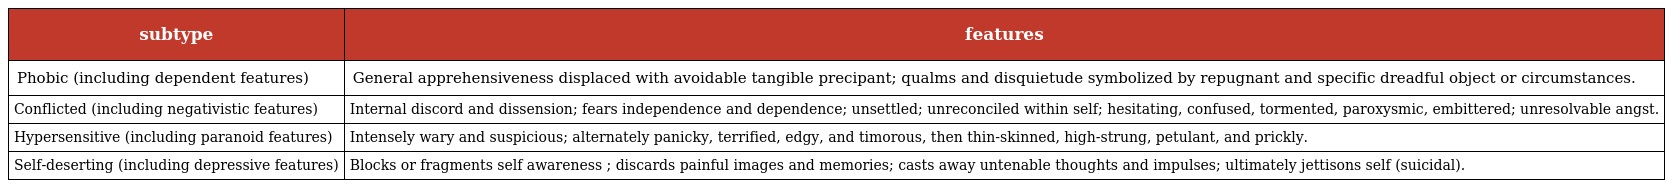
| subtype | features |
 | --- | --- |
 | Phobic (including dependent features) | General apprehensiveness displaced with avoidable tangible precipant; qualms and disquietude symbolized by repugnant and specific dreadful object or circumstances. |
 | Conflicted (including negativistic features) | Internal discord and dissension; fears independence and dependence; unsettled; unreconciled within self; hesitating, confused, tormented, paroxysmic, embittered; unresolvable angst. |
 | Hypersensitive (including paranoid features) | Intensely wary and suspicious; alternately panicky, terrified, edgy, and timorous, then thin-skinned, high-strung, petulant, and prickly. |
 | Self-deserting (including depressive features) | Blocks or fragments self awareness ; discards painful images and memories; casts away untenable thoughts and impulses; ultimately jettisons self (suicidal). |